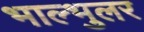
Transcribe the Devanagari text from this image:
भाल्भुलर